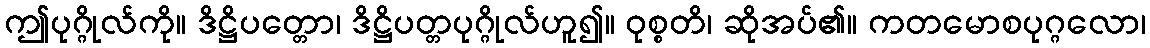
ဤပုဂ္ဂိုလ်ကို။ ဒိဋ္ဌိပတ္တော၊ ဒိဋ္ဌိပတ္တပုဂ္ဂိုလ်ဟူ၍။ ဝုစ္စတိ၊ ဆိုအပ်၏။ ကတမောစပုဂ္ဂလော၊